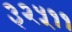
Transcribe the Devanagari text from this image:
३२५११